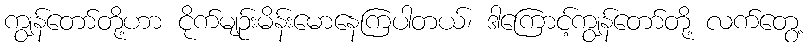
ကျွန်တော်တို့ဟာ ငိုက်မျဉ်းမိန်းမောနေကြပါတယ်၊ ဒါကြောင့်ကျွန်တော်တို့ လက်တွေ့